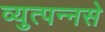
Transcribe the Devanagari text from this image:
व्युत्पन्नसे